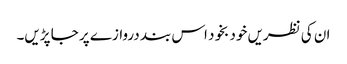
ان کی نظریں خود بخود اس بند دروازے پر جا پڑیں۔